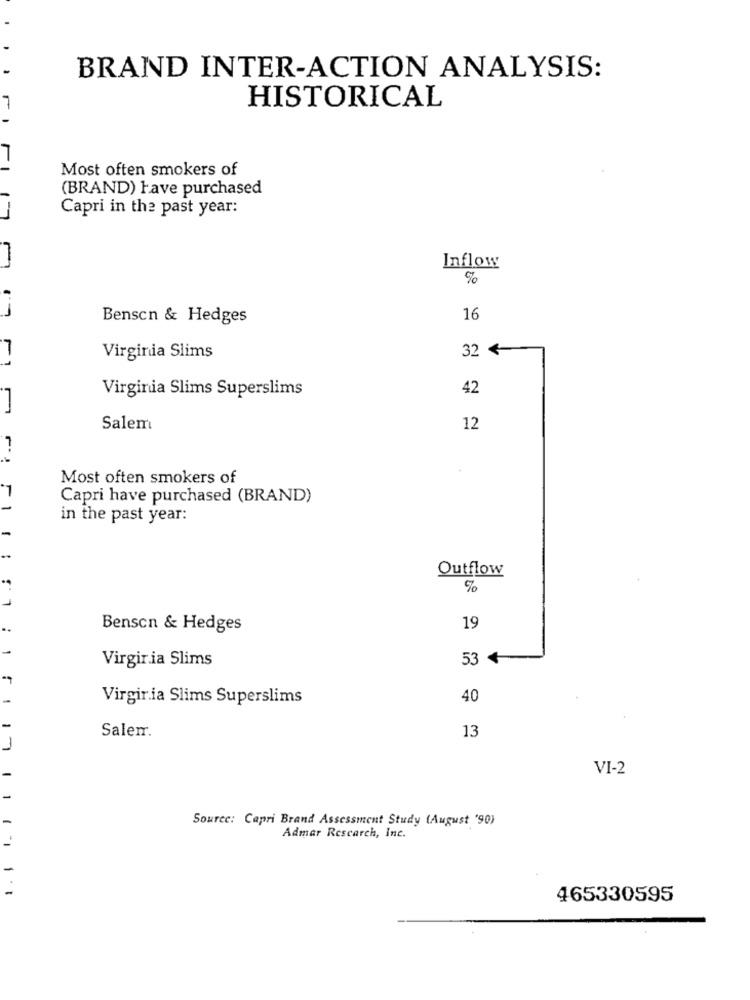
BRAND INTER-ACTION ANALYSIS:
HISTORICAL
Most often smokers of
(BRAND) have purchased
Capri in the past year:
1-7
m
Inflow
%
Benson & Hedges
16
32
Virginia Slims
11
Virginia Slims Superslims
42
Salem
12
Most often smokers of
*1
Capri have purchased (BRAND)
1
in the past year:
L ..
Outflow
%
..
Benson & Hedges
19
Virgiria Slims
53
Virgiria Slims Superslims
40
13
Salem.
VI-2
1
Source: Capri Brand Assessment Study (August '90)
Admar Rescarch, Inc.
1 . 4
465330595